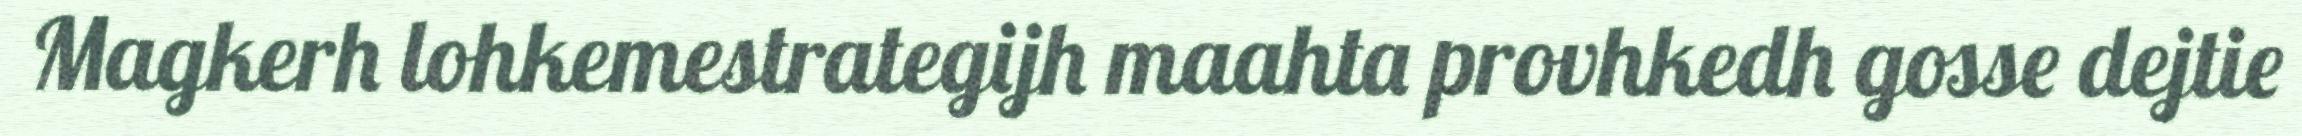
Magkerh lohkemestrategijh maahta provhkedh gosse dejtie